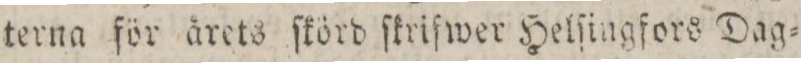
terna för årets ſkörd ſkriſwer Helſingfors Dag=